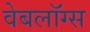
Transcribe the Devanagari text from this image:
वेबलॉग्स